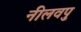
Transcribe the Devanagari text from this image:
नीलवपु